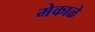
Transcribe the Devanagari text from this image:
मेकाळे